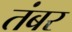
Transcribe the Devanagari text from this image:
तंबर